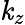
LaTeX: \mathit{k}_{z}